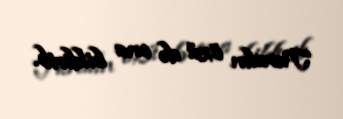
Turalın özü də ona bildirib.